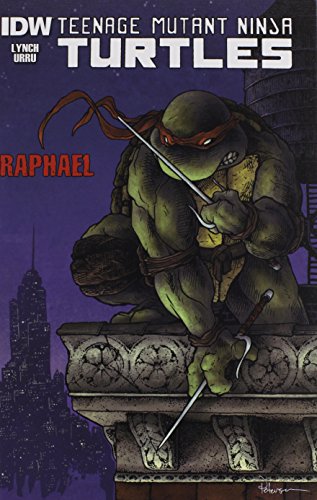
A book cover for Teenage Mutant Ninja Turtles; Brian And Walz Lynch; Children's Books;